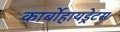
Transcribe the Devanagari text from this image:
कार्बोहायड्रेटस